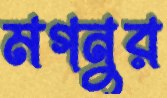
মগনুর